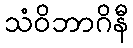
သံဝိဘာဂိနီ